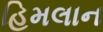
હિમલાન